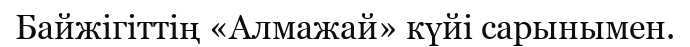
Байжігіттің «Алмажай» күйі сарынымен.